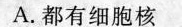
A. 都有细胞核